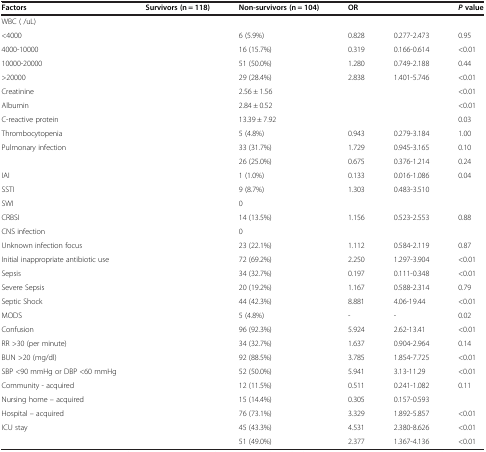
<table><thead><tr><td><b>Factors</b></td><td><b>Survivors (n = 118)</b></td><td><b>Non-survivors (n = 104)</b></td><td><b>OR</b></td><td>[EMPTY_CELL]</td><td><b><i>P </i>value</b></td></tr></thead><tbody><tr><td>WBC ( /uL)</td><td>[EMPTY_CELL]</td><td>[EMPTY_CELL]</td><td>[EMPTY_CELL]</td><td>[EMPTY_CELL]</td><td>[EMPTY_CELL]</td></tr><tr><td>&lt;4000</td><td>[EMPTY_CELL]</td><td>6 (5.9%)</td><td>0.828</td><td>0.277-2.473</td><td>0.95</td></tr><tr><td>4000-10000</td><td>[EMPTY_CELL]</td><td>16 (15.7%)</td><td>0.319</td><td>0.166-0.614</td><td>&lt;0.01</td></tr><tr><td>10000-20000</td><td>[EMPTY_CELL]</td><td>51 (50.0%)</td><td>1.280</td><td>0.749-2.188</td><td>0.44</td></tr><tr><td>&gt;20000</td><td>[EMPTY_CELL]</td><td>29 (28.4%)</td><td>2.838</td><td>1.401-5.746</td><td>&lt;0.01</td></tr><tr><td>Creatinine</td><td>[EMPTY_CELL]</td><td>2.56 ± 1.56</td><td>[EMPTY_CELL]</td><td>[EMPTY_CELL]</td><td>&lt;0.01</td></tr><tr><td>Albumin</td><td>[EMPTY_CELL]</td><td>2.84 ± 0.52</td><td>[EMPTY_CELL]</td><td>[EMPTY_CELL]</td><td>&lt;0.01</td></tr><tr><td>C-reactive protein</td><td>[EMPTY_CELL]</td><td>13.39 ± 7.92</td><td>[EMPTY_CELL]</td><td>[EMPTY_CELL]</td><td>0.03</td></tr><tr><td>Thrombocytopenia</td><td>[EMPTY_CELL]</td><td>5 (4.8%)</td><td>0.943</td><td>0.279-3.184</td><td>1.00</td></tr><tr><td>Pulmonary infection</td><td>[EMPTY_CELL]</td><td>33 (31.7%)</td><td>1.729</td><td>0.945-3.165</td><td>0.10</td></tr><tr><td>[EMPTY_CELL]</td><td>[EMPTY_CELL]</td><td>26 (25.0%)</td><td>0.675</td><td>0.376-1.214</td><td>0.24</td></tr><tr><td>IAI</td><td>[EMPTY_CELL]</td><td>1 (1.0%)</td><td>0.133</td><td>0.016-1.086</td><td>0.04</td></tr><tr><td>SSTI</td><td>[EMPTY_CELL]</td><td>9 (8.7%)</td><td>1.303</td><td>0.483-3.510</td><td>[EMPTY_CELL]</td></tr><tr><td>SWI</td><td>[EMPTY_CELL]</td><td>0</td><td>[EMPTY_CELL]</td><td>[EMPTY_CELL]</td><td>[EMPTY_CELL]</td></tr><tr><td>CRBSI</td><td>[EMPTY_CELL]</td><td>14 (13.5%)</td><td>1.156</td><td>0.523-2.553</td><td>0.88</td></tr><tr><td>CNS infection</td><td>[EMPTY_CELL]</td><td>0</td><td>[EMPTY_CELL]</td><td>[EMPTY_CELL]</td><td>[EMPTY_CELL]</td></tr><tr><td>Unknown infection focus</td><td>[EMPTY_CELL]</td><td>23 (22.1%)</td><td>1.112</td><td>0.584-2.119</td><td>0.87</td></tr><tr><td>Initial inappropriate antibiotic use</td><td>[EMPTY_CELL]</td><td>72 (69.2%)</td><td>2.250</td><td>1.297-3.904</td><td>&lt;0.01</td></tr><tr><td>Sepsis</td><td>[EMPTY_CELL]</td><td>34 (32.7%)</td><td>0.197</td><td>0.111-0.348</td><td>&lt;0.01</td></tr><tr><td>Severe Sepsis</td><td>[EMPTY_CELL]</td><td>20 (19.2%)</td><td>1.167</td><td>0.588-2.314</td><td>0.79</td></tr><tr><td>Septic Shock</td><td>[EMPTY_CELL]</td><td>44 (42.3%)</td><td>8.881</td><td>4.06-19.44</td><td>&lt;0.01</td></tr><tr><td>MODS</td><td>[EMPTY_CELL]</td><td>5 (4.8%)</td><td>-</td><td>-</td><td>0.02</td></tr><tr><td>Confusion</td><td>[EMPTY_CELL]</td><td>96 (92.3%)</td><td>5.924</td><td>2.62-13.41</td><td>&lt;0.01</td></tr><tr><td>RR &gt;30 (per minute)</td><td>[EMPTY_CELL]</td><td>34 (32.7%)</td><td>1.637</td><td>0.904-2.964</td><td>0.14</td></tr><tr><td>BUN &gt;20 (mg/dl)</td><td>[EMPTY_CELL]</td><td>92 (88.5%)</td><td>3.785</td><td>1.854-7.725</td><td>&lt;0.01</td></tr><tr><td>SBP &lt;90 mmHg or DBP &lt;60 mmHg</td><td>[EMPTY_CELL]</td><td>52 (50.0%)</td><td>5.941</td><td>3.13-11.29</td><td>&lt;0.01</td></tr><tr><td>Community - acquired</td><td>[EMPTY_CELL]</td><td>12 (11.5%)</td><td>0.511</td><td>0.241-1.082</td><td>0.11</td></tr><tr><td>Nursing home – acquired</td><td>[EMPTY_CELL]</td><td>15 (14.4%)</td><td>0.305</td><td>0.157-0.593</td><td>[EMPTY_CELL]</td></tr><tr><td>Hospital – acquired</td><td>[EMPTY_CELL]</td><td>76 (73.1%)</td><td>3.329</td><td>1.892-5.857</td><td>&lt;0.01</td></tr><tr><td>ICU stay</td><td>[EMPTY_CELL]</td><td>45 (43.3%)</td><td>4.531</td><td>2.380-8.626</td><td>&lt;0.01</td></tr><tr><td>[EMPTY_CELL]</td><td>[EMPTY_CELL]</td><td>51 (49.0%)</td><td>2.377</td><td>1.367-4.136</td><td>&lt;0.01</td></tr></tbody></table>